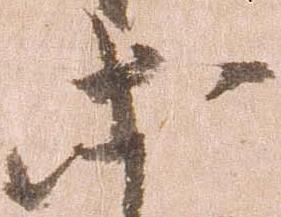
等